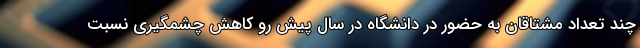
چند تعداد مشتاقان به حضور در دانشگاه در سال پیش رو کاهش چشمگیری نسبت